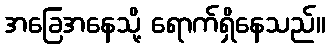
အခြေအနေသို့ ရောက်ရှိနေသည်။